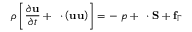
\rho \left[ \frac { \partial \mathbf { u } } { \partial t } + \mathbf { \nabla } \cdot \left( \mathbf { u } \mathbf { u } \right) \right] = - \mathbf { \nabla } p + \mathbf { \nabla } \cdot \mathbf { S } + \mathbf { f } _ { \Gamma }